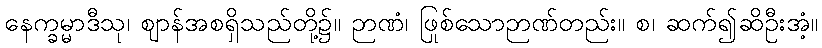
နေက္ခမ္မာဒီသု၊ ဈာန်အစရှိသည်တို့၌။ ဉာဏံ၊ ဖြစ်သောဉာဏ်တည်း။ စ၊ ဆက်၍ဆိုဦးအံ့။